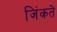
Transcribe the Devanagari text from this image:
जिंकते